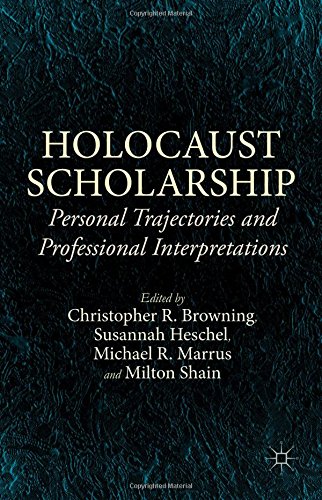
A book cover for Holocaust Scholarship: Personal Trajectories and Professional Interpretations; History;